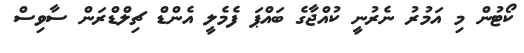
ކޯޓުން މި އަމުރު ނެރުނީ ކުއްޖާގެ ބައްޕަ ފެމެލީ އެންޑް ޗިލްޑްރަން ސާވިސް